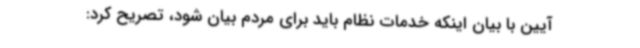
آیین با بیان اینکه خدمات نظام باید برای مردم بیان شود، تصریح کرد: